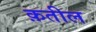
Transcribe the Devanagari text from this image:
क़तील